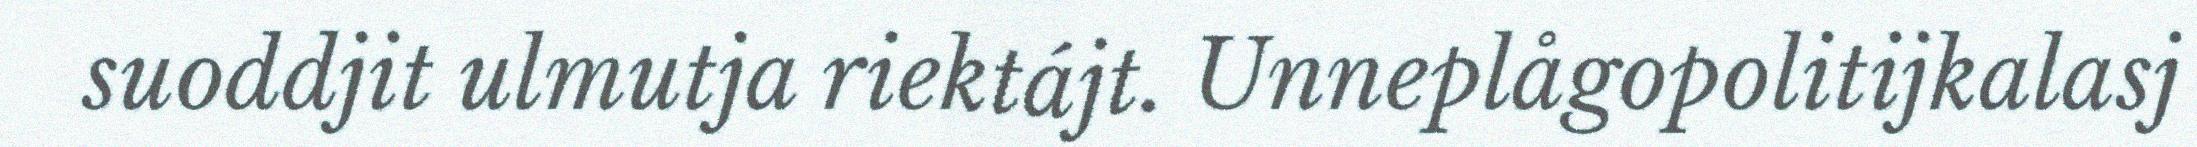
suoddjit ulmutja riektájt. Unneplågopolitijkalasj